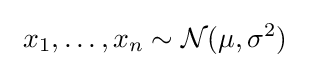
\ x_{1},\ldots ,x_{n}\sim {\mathcal {N}}(\mu ,\sigma ^{2})\